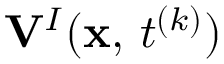
{ \bf V } ^ { I } ( { \bf x } , \, t ^ { ( k ) } )